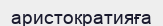
аристократияға